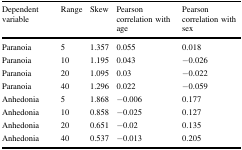
<table><thead><tr><td><b>Dependent variable</b></td><td><b>Range</b></td><td><b>Skew</b></td><td><b>Pearson correlation with age</b></td><td><b>Pearson correlation with sex</b></td></tr></thead><tbody><tr><td>Paranoia</td><td>5</td><td>1.357</td><td>0.055</td><td>0.018</td></tr><tr><td>Paranoia</td><td>10</td><td>1.195</td><td>0.043</td><td>−0.026</td></tr><tr><td>Paranoia</td><td>20</td><td>1.095</td><td>0.03</td><td>−0.022</td></tr><tr><td>Paranoia</td><td>40</td><td>1.296</td><td>0.022</td><td>−0.059</td></tr><tr><td>Anhedonia</td><td>5</td><td>1.868</td><td>−0.006</td><td>0.177</td></tr><tr><td>Anhedonia</td><td>10</td><td>0.858</td><td>−0.025</td><td>0.127</td></tr><tr><td>Anhedonia</td><td>20</td><td>0.651</td><td>−0.02</td><td>0.135</td></tr><tr><td>Anhedonia</td><td>40</td><td>0.537</td><td>−0.013</td><td>0.205</td></tr></tbody></table>